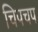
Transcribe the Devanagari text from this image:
चिपचप